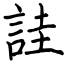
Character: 詿